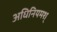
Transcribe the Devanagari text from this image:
अधिनियमश्